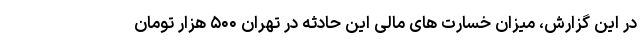
در این گزارش، میزان خسارت های مالی این حادثه در تهران ۵۰۰ هزار تومان